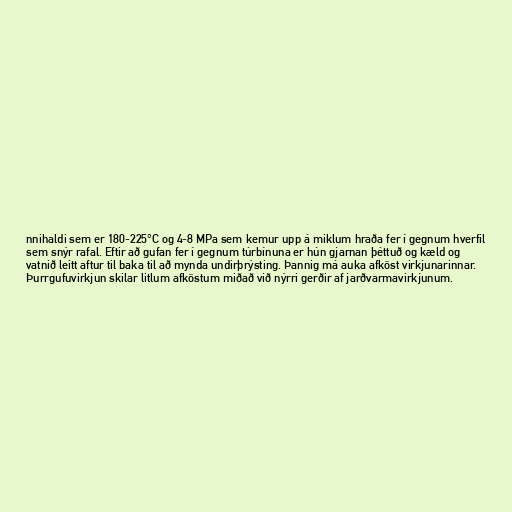
nnihaldi sem er 180-225°C og 4-8 MPa sem kemur upp á miklum hraða fer í gegnum hverfil
sem snýr rafal. Eftir að gufan fer í gegnum túrbínuna er hún gjarnan þéttuð og kæld og
vatnið leitt aftur til baka til að mynda undirþrýsting. Þannig má auka afköst virkjunarinnar.
Þurrgufuvirkjun skilar litlum afköstum miðað við nýrri gerðir af jarðvarmavirkjunum.